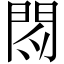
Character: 𲈧